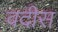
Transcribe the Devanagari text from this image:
वदीस